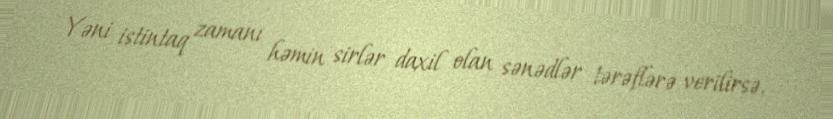
Yəni istintaq zamanı həmin sirlər daxil olan sənədlər tərəflərə verilirsə,